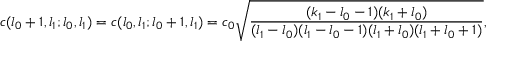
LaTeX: c ( l _ { 0 } + 1 , l _ { 1 } ; l _ { 0 } , l _ { 1 } ) = c ( l _ { 0 } , l _ { 1 } ; l _ { 0 } + 1 , l _ { 1 } ) = c _ { 0 } \sqrt { \frac { ( k _ { 1 } - l _ { 0 } - 1 ) ( k _ { 1 } + l _ { 0 } ) } { ( l _ { 1 } - l _ { 0 } ) ( l _ { 1 } - l _ { 0 } - 1 ) ( l _ { 1 } + l _ { 0 } ) ( l _ { 1 } + l _ { 0 } + 1 ) } } ,